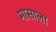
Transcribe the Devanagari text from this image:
मासाला